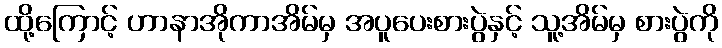
ထို့ကြောင့် ဟာနာအိုကာအိမ်မှ အပူပေးစားပွဲနှင့် သူ့အိမ်မှ စားပွဲကို